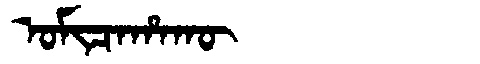
Manchu: ᠣᠮᡳᠴᠠᡥᠠᡴᡡ
Romanization: OMICAHAKŪ